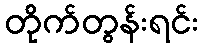
တိုက်တွန်းရင်း